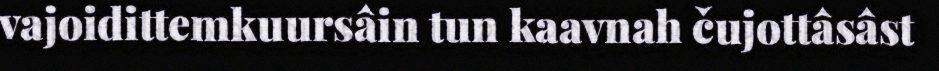
vajoidittemkuursâin tun kaavnah čujottâsâst